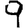
Digit: 9